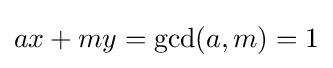
ax+my=\gcd(a,m)=1